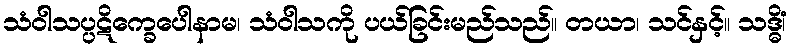
သံဝါသပ္ပဋိက္ခေပေါနာမ၊ သံဝါသကို ပယ်ခြင်းမည်သည်။ တယာ၊ သင်နှင့်။ သဒ္ဓိံ၊